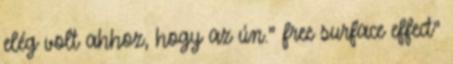
elég volt ahhoz, hogy az ún." free surface effect"